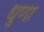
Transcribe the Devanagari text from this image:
धुणा